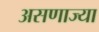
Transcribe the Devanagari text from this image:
असणाज्या